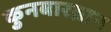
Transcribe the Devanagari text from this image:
कुनबारब्रान